Report on horse surra - Volume I
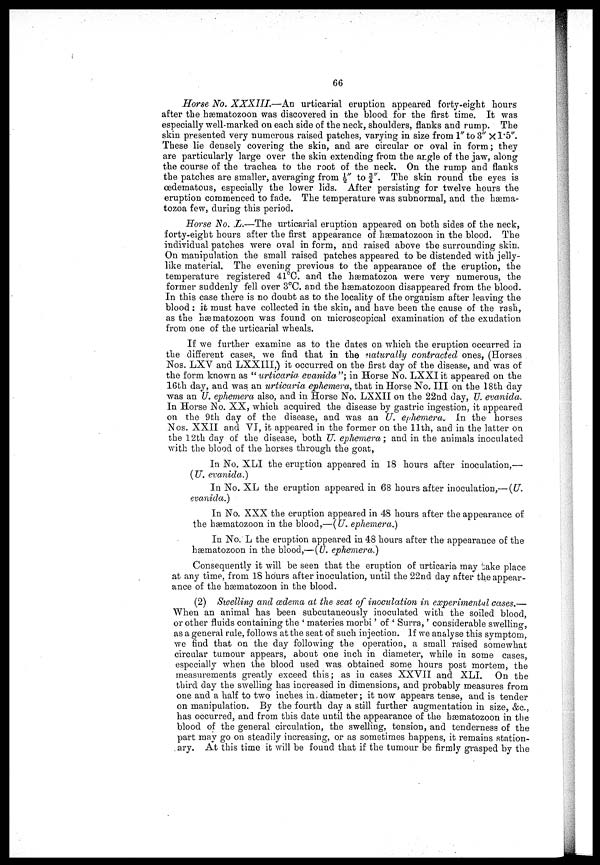
66
Horse No. XXXIII—An
urticarial eruption appeared forty-eight hours
after the hæmatozoon was discovered in the blood for the first time. It was
especially well-marked on each side of the neck, shoulders, flanks and rump. The
skin presented very numerous raised patches, varying in size from 1" to 3" X 1.5".
These lie densely covering the skin, and are circular or oval in form ; they
are particularly large over the skin extending from the angle of the jaw, along
the course of the trachea to the root of the neck. On the rump and flanks
the patches are smaller, averaging from ½" to ¾". The skin round the eyes is
œdematous, especially the lower lids. After persisting for twelve hours the
eruption commenced to fade. The temperature was subnormal, and the hæma-
tozoa few, during this period.
Horse No. L.—The urticarial eruption appeared on both sides of the neck,
forty-eight hours after the first appearance of hæmatozoon in the blood. The
individual patches were oval inform, and raised above the surrounding skin.
On manipulation the small raised patches appeared to be distended with jelly-
like material. The evening previous to the appearance of the eruption, the
temperature registered 41°C. and the hæmatozoa were very numerous, the
former suddenly fell over 3°C. and the hæmatozoon disappeared from the blood.
In this case there is no doubt as to the locality of the organism after leaving the
blood : it must have collected in the skin, and have been the cause of the rash,
as the hæmatozoon was found on microscopical examination of the exudation
from one of the urticarial wheals.
If we further examine as to the dates on which the eruption occurred in
the different cases, we find that in the naturally contracted ones, (Horses
Nos. LXV and LXXIII,) it occurred on the first day of the disease, and was of
the form known as " urticaria evanida "; in Horse No. LXXI it appeared on the
16th day, and was an urticaria ephemera, that in Horse No. III on the 18th day
was an U. ephemera also, and in Horse No. LXXII on the 22nd day, U. evanida.
In Horse No. XX, which acquired the disease by gastric ingestion, it appeared
on the 9th day of the disease, and was an U. ephemera.. In the horses
Nos. XXII and VI, it appeared in the former on the 11th, and in the latter on
the 12th day of the disease, both U. ephemera; and in the animals inoculated
with the blood of the horses through the goat,
In No. XLI the eruption appeared in 18 hours after inoculation,—
(U. evanida.)
In No. XL the eruption appeared in 68 hours after inoculation,.— (U.
evanida.)
In No. XXX the eruption appeared in 45 hours after the appearance of
the hæmatozoon in the blood,—(U. ephemera.)
In No. L the eruption appeared in 48 hours after the appearance of the
hæmatozoon in the blood,—(U. ephemera.)
Consequently it will be seen that the eruption of urticaria may take place
at any time, from 18 hours after inoculation, until the 22nd day after the appear-
ance of the hæmatozoon in the blood.
(2) Swelling and œdema at the seat of inoculation in experimental cases.—
When an animal has been subcutaneously inoculated with the soiled blood,
or other fluids containing the ' materies morbi ' of ' Surra, ' considerable swelling,
as a general rule, follows at the seat of such injection. If we analyse this symptom,
we find that on the day following the operation, a small raised somewhat
circular tumour appears, about one inch in diameter, while in some cases,
especially when the blood used was obtained some hours post mortem, the
measurements greatly exceed this; as in cases XXVII and XLI. On the
third day the swelling has increased in dimensions, and probably measures from
one and a half to two inches in diameter ; it now appears tense, and is tender
on manipulation. By the fourth day a still further augmentation in size, &c.,
has occurred, and from this date until the appearance of the hæmatozoon in the
blood of the general circulation, the swelling, tension, and tenderness of the
part may go on steadily increasing, or as sometimes happens, it remains station-
ary. At this time it will be found that if the tumour be firmly grasped by the